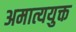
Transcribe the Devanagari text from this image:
अमात्ययुक्त